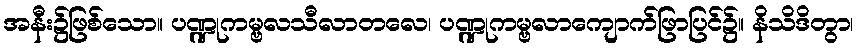
အနီး၌ဖြစ်သော။ ပဏ္ဍုကမ္ဗလသီလာတလေ၊ ပဏ္ဍုကမ္ဗလာကျောက်ဖြာပြင်၌။ နိသိဒိတွာ၊